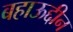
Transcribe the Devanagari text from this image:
बहाऊद्दीन